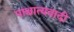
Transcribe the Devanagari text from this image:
पाश्चात्यवादी